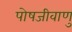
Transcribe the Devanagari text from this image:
पोषजीवाणु